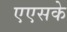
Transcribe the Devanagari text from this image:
एएसके